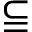
\subseteqq